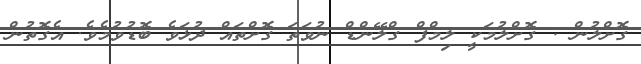
ގޮށްލުން : ގޮށްލުމަކީ ލިމްފް ގްލޭންޑް ނުވަތަ ގޮށްތައް ދުޅަވެ ބޮޑުވުމެވެ. އެގޮތުން